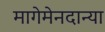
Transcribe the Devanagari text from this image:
मागेमेनदान्या